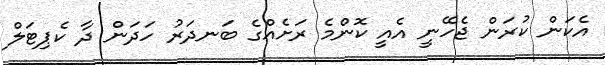
އެކަން ކުރަން ޖެހޭނީ އެއީ ކޮންމެ ރަށެއްގެ ބަނދަރު ހަދަން ދާ ކެޕިޓަލް